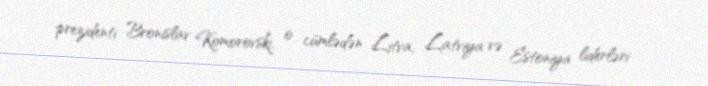
prezidenti Bronislav Komorovski, o cümlədən Litva, Latviya və Estoniya liderləri